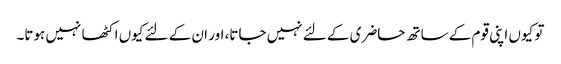
تو کیوں اپنی قوم کے ساتھ حاضری کے لئے نہیں جاتا، اور ان کے لئے کیوں اکٹھا نہیں ہوتا۔